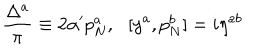
LaTeX: \frac { \Delta ^ { a } } { \pi } \equiv 2 \alpha ^ { \prime } p _ { N } ^ { a } , \: \: \: [ y ^ { a } , p _ { N } ^ { b } ] = i \eta ^ { a b }